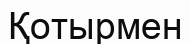
Қотырмен